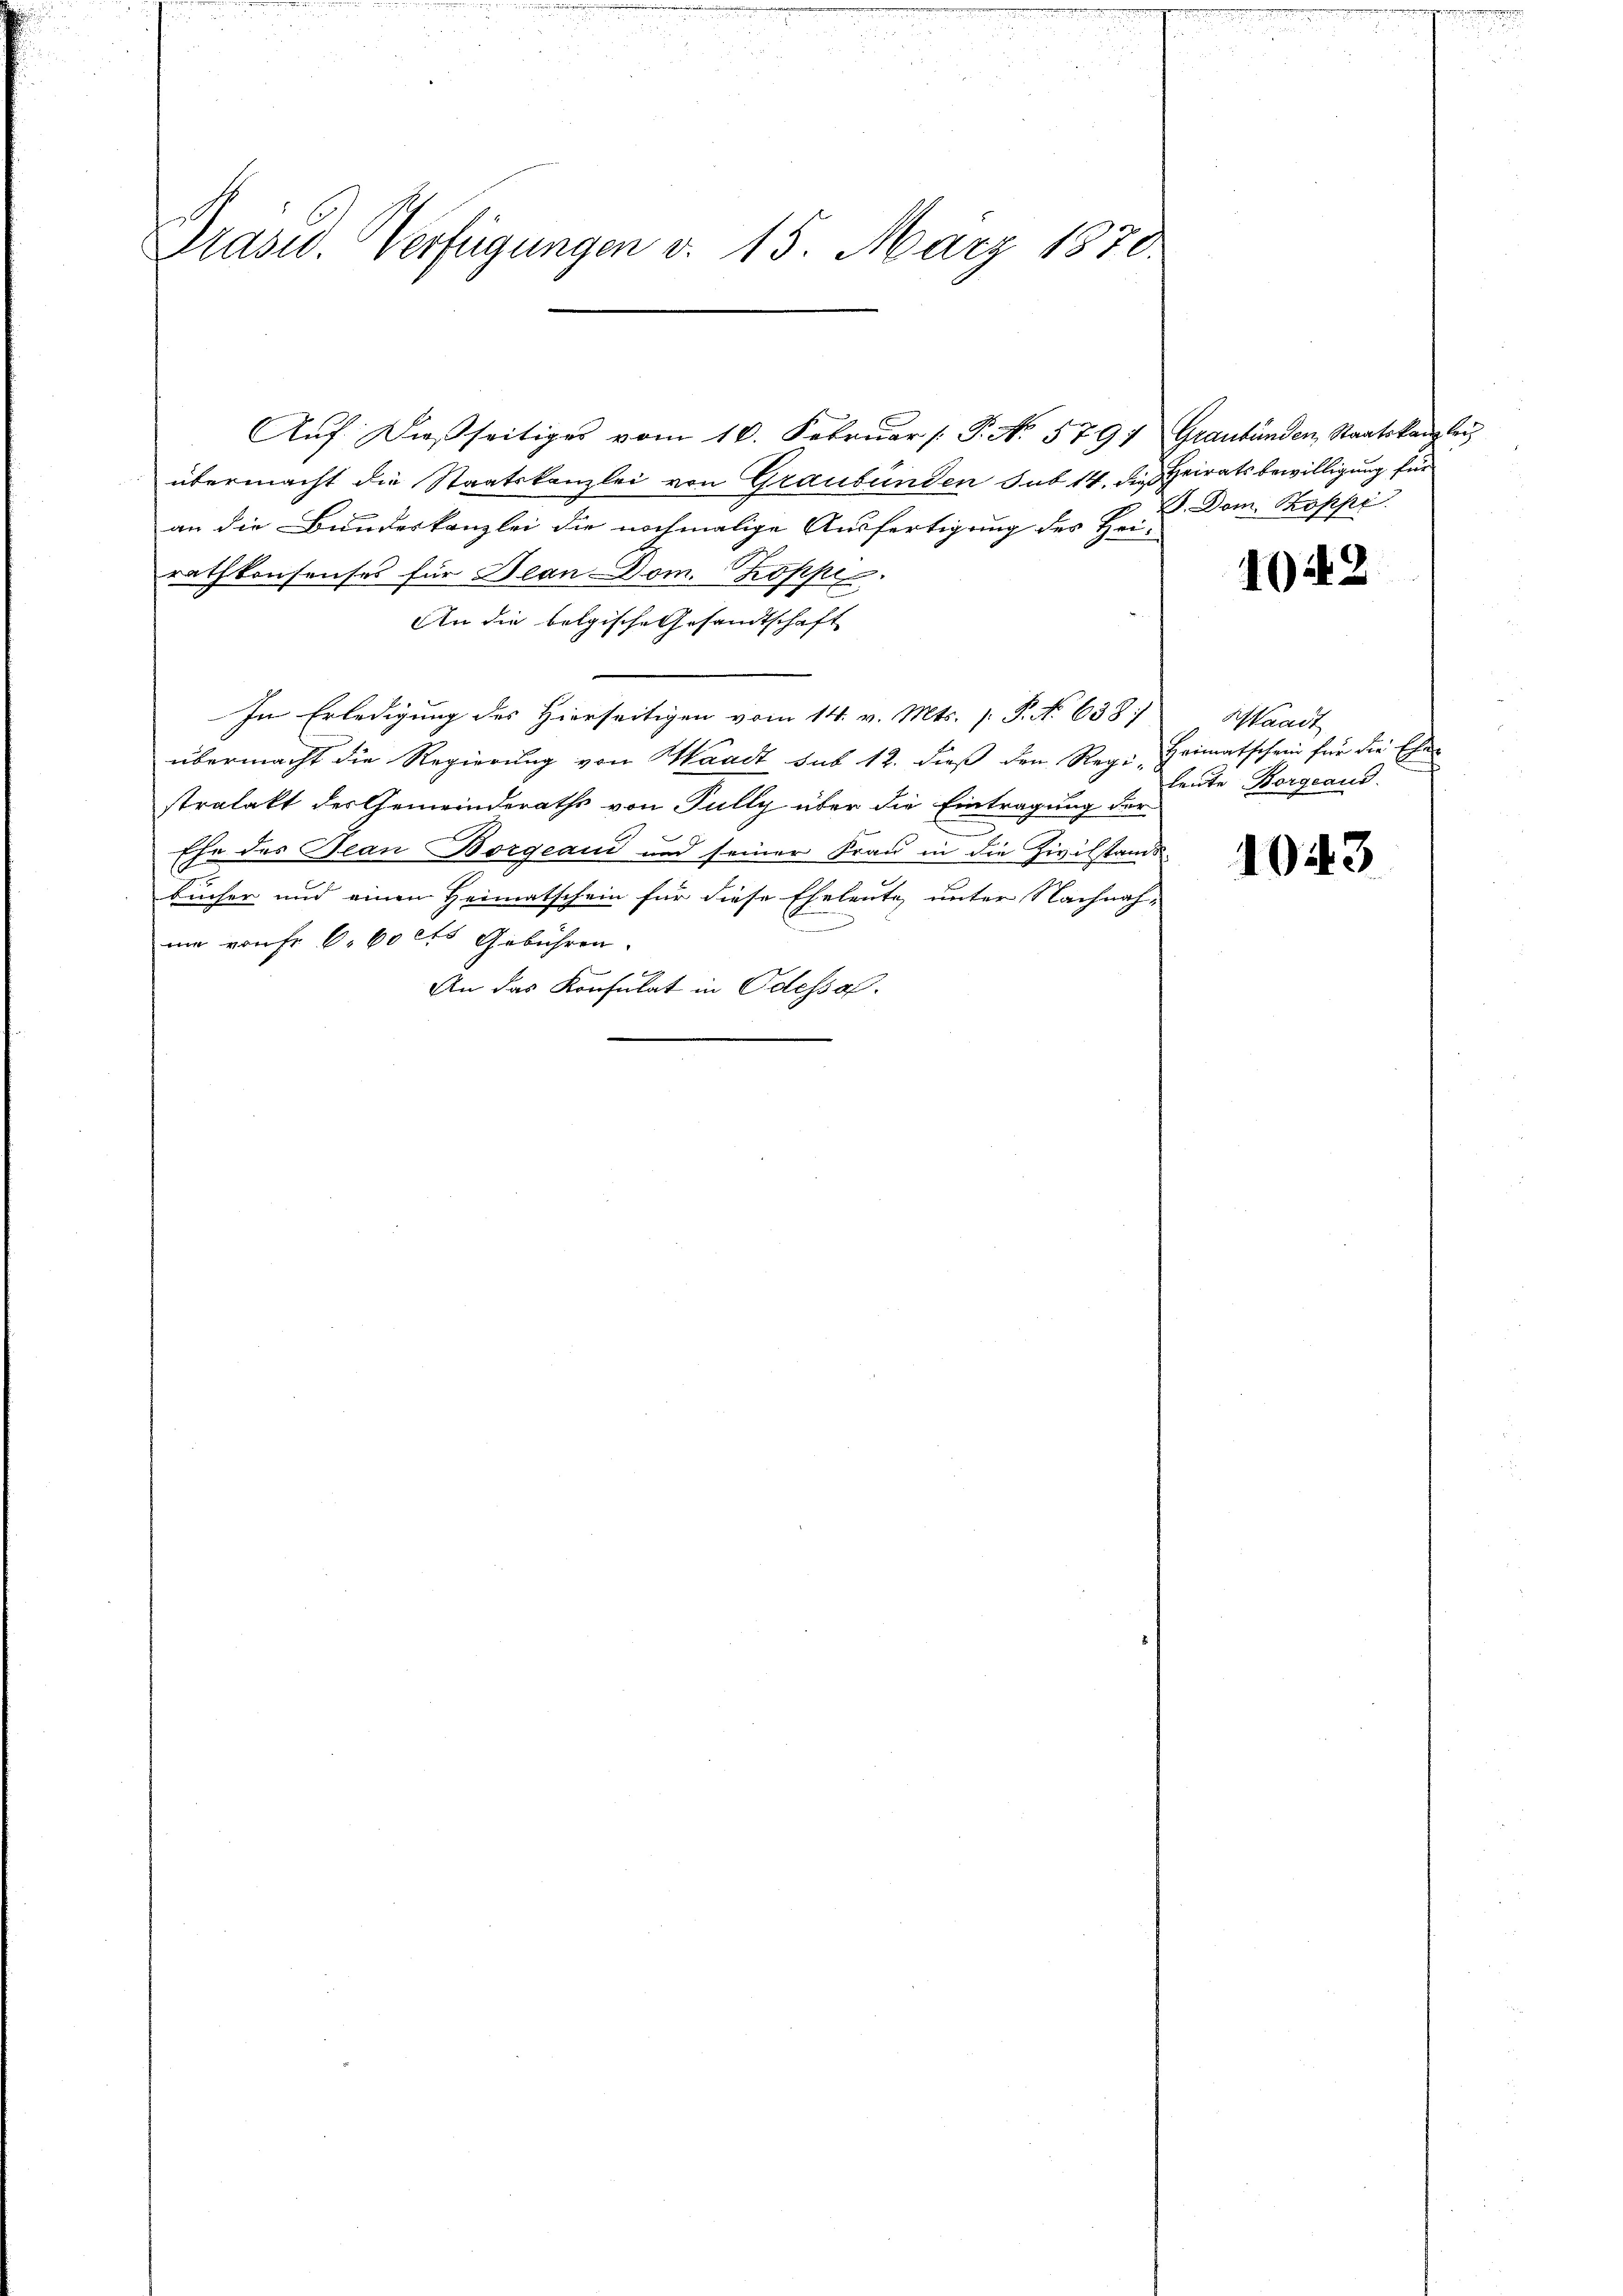
Präsid. Verfügungen d. 15. März 1870.

Aŭf dießseitiges vom 10. Febrŭar /: P. No. 579) Graubünden, Staatskanzlei,
übermacht die Staatskanzlei von Graubünden sub 14. die Heiratsbewilligung für
an die Bundeskanzlei die nochmalige Ausfertigung des Hei-
rathkonsenses für Dean Dom. Koppe
An die belgische Gesandtschaft
In Erledigung des Hierseitigen vom 14. v. Mts. 1. P. No 638
übermacht die Regierung von Waadt sub 12. dieß den Reg. Heimatschein für die Ehen
stralakt der Gemeinderaths von Fully über die Eintragung der
e
Ehe des Jean Borgeaud und seiner Frau in die Zivilstands-
Bücher und einen Heimatschein für diese Eheleute unter Nachnah-
mm von fr. 6. 60 cts Gebühren.
An das Konsulat in Odessa.

J. Dom. Koppi

104. 2

Waadt
leute Borgeaud.

1043